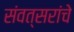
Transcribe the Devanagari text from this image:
संवत्सरांचे